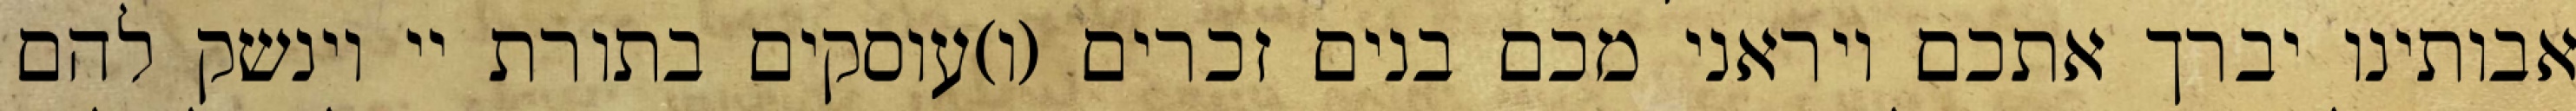
אבותינו יברך אתכם ויראני מכם בנים זכרים (ו)עוסקים בתורת יי וינשק להם